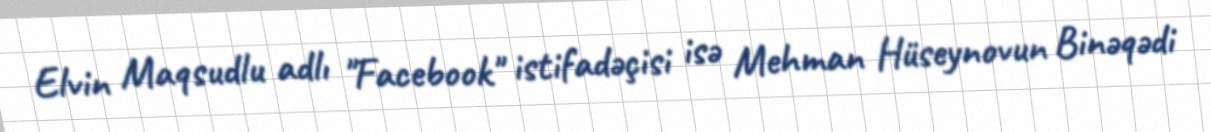
Elvin Maqsudlu adlı "Facebook" istifadəçisi isə Mehman Hüseynovun Binəqədi